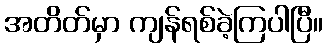
အတိတ်မှာ ကျန်ရစ်ခဲ့ကြပါပြီ။